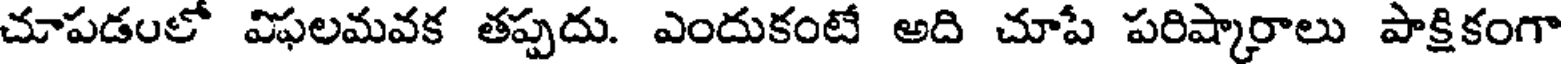
చూపడంలో విఫలమవక తప్పదు. ఎందుకంటే అది చూపే పరిష్కారాలు పాక్షికంగా